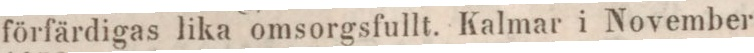
förfärdigas lika omsorgsfullt. Kalmar i November